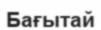
Бағытай